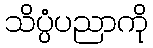
သိပ္ပံပညာကို